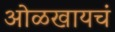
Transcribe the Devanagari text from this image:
ओळखायचं